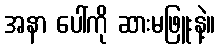
အနာ ပေါ်ကို ဆားမဖြူးနဲ့။